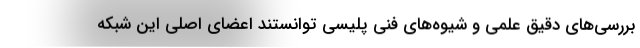
بررسی‌های دقیق علمی و شیوه‌های فنی پلیسی توانستند اعضای اصلی این شبکه